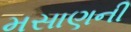
મસાણની